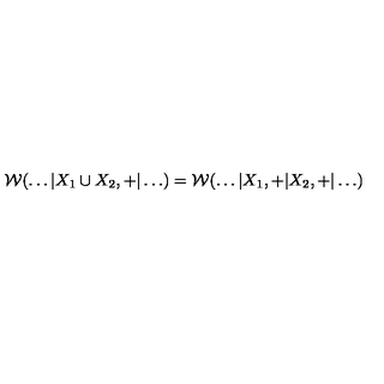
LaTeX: { \cal W } ( \ldots | X _ { 1 } \cup X _ { 2 } , + | \ldots ) = { \cal W } ( \ldots | X _ { 1 } , + | X _ { 2 } , + | \ldots )